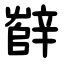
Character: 辥